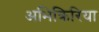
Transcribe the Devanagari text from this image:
अभिक्रिरिया